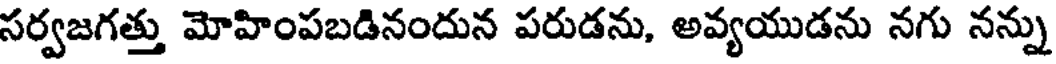
సర్వజగత్తు మోహింపబడినందున పరుడను, అవ్యయుడను నగు నన్ను